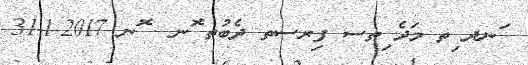
ަނދ ިތ މަދެ ިތސ ފިރސތ ދެބުތ ޮނ . ޮނ 2017-1-31